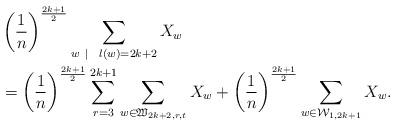
LaTeX: \begin{align*} &\left( \frac{1}{n} \right)^{\frac{2k+1}{2}}\sum_{w~|~ ~ l(w)=2k+2} X_{w}\\ & = \left( \frac{1}{n} \right)^{\frac{2k+1}{2}}\sum_{r=3}^{2k+1}\sum_{w \in \mathfrak{W}_{2k+2,r,t}} X_{w}+ \left( \frac{1}{n} \right)^{\frac{2k+1}{2}} \sum_{w \in \mathcal{W}_{1,2k+1}} X_{w}.\end{align*}